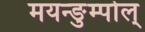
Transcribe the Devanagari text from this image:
मयन्ङुम्पोल्